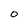
Character: o